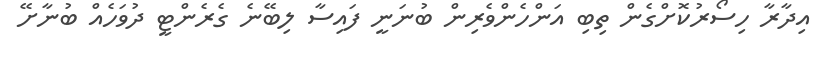
އިދާރާ ހިސޯރުކޮށްގެން ތިބި އަންހެންވެރިން ބުނަނީ ފައިސާ ލިބޭނެ ގެރެންޓީ ދުވަހެއް ބުނާށޭ